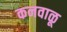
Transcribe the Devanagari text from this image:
कनवाळू